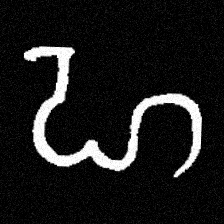
Pyu character \u2014 Myanmar letter: ဟ (romanized: ha)